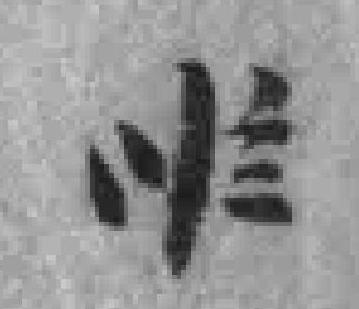
*